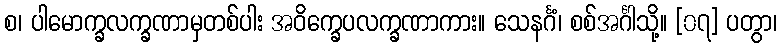
စ၊ ပါမောက္ခလက္ခဏာမှတစ်ပါး အဝိက္ခေပလက္ခဏာကား။ သေနင်္ဂံ၊ စစ်အင်္ဂါသို့။ [၀၇] ပတွာ၊